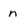
Character: n